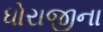
ધોરાજીના